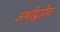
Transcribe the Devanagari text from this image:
अर्थाद्वारेच